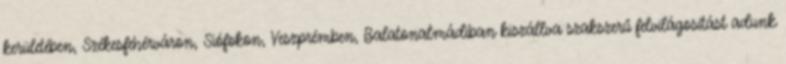
kerületében, Székesfehérváron, Siófokon, Veszprémben, Balatonalmádiban kiszállva szakszerű felvilágosítást adunk